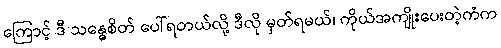
ကြောင့် ဒီ သန္ဓေစိတ် ပေါ်ရတယ်လို့ ဒီလို မှတ်ရမယ်၊ ကိုယ်အကျိုးပေးတဲ့ကံက